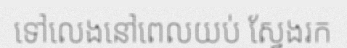
ទៅលេងនៅពេលយប់ ស្វែងរក